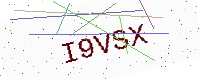
Text: I9VSX